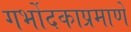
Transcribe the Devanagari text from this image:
गर्भोदकाप्रमाणे